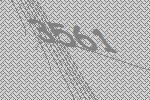
3561